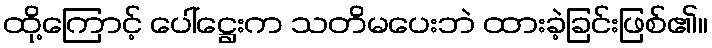
ထို့ကြောင့် ပေါ်ဋ္ဌေးက သတိမပေးဘဲ ထားခဲ့ခြင်းဖြစ်၏။